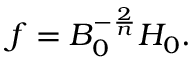
f = B _ { 0 } ^ { - \frac 2 n } H _ { 0 } .